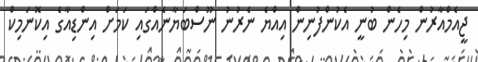
ޖީއެމްއާރުން މިހެން ބުނީ އެކުންފުނިން އިއްޔެ ނެރުނު ނޫސްބަޔާނެއްގައި ކަމަށް އިންޑިއާގެ އިކޮނަމިކް